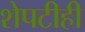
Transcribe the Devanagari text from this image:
शेपटीही